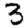
Digit: 3